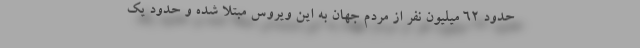
حدود 62 میلیون نفر از مردم جهان به این ویروس مبتلا شده و حدود یک